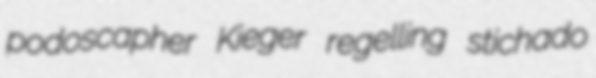
podoscapher Kieger regelling stichado